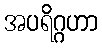
အပရိဂ္ဂဟာ